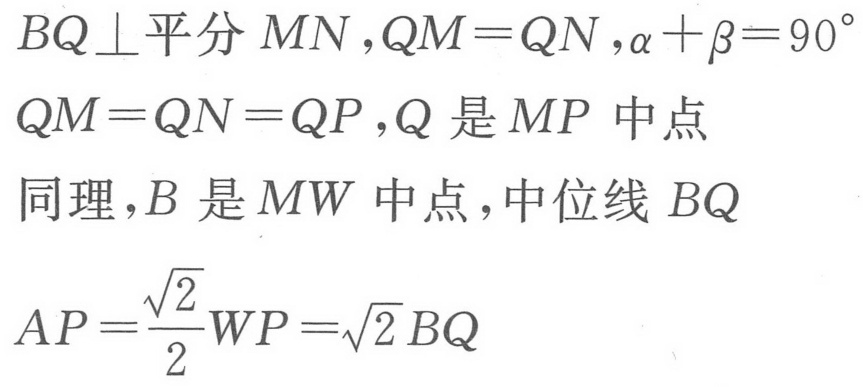
\(BQ\perp\text{平分 }MN, QM = QN,\alpha+\beta = 90^{\circ}\)
\(QM = QN = QP, Q\text{ 是 }MP\text{ 中点}\)
\(\text{同理}, B\text{ 是 }MW\text{ 中点},\text{中位线 }BQ\)
\(AP=\frac{\sqrt{2}}{2}WP=\sqrt{2}BQ\)